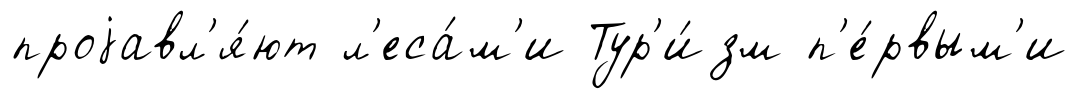
проjавл'я́ют л'еса́м'и Тур'и́зм п'е́рвым'и